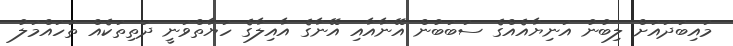
މައިބަދައަށް ލިބުނު އަނިޔާއެއްގެ ސަބަބުން އޭނާއާއި އޭނާގެ އާއިލާގެ ހަޔާތްވަނީ ދަތިތަކެއް ތަހައްމަލު